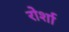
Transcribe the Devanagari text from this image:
रोर्शा